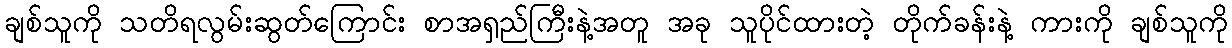
ချစ်သူကို သတိရလွမ်းဆွတ်ကြောင်း စာအရှည်ကြီးနဲ့အတူ အခု သူပိုင်ထားတဲ့ တိုက်ခန်းနဲ့ ကားကို ချစ်သူကို